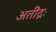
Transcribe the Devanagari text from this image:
अतींद्रः